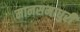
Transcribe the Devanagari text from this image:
मानसमाधुरी